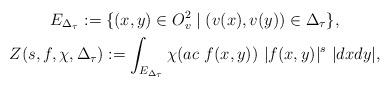
LaTeX: \begin{gather*}E_{\Delta_\tau}:=\{(x,y) \in O_v^2 \mid (v(x),v(y)) \in \Delta_\tau\},\\Z(s,f,\chi, \Delta_\tau):= \int_{E_{\Delta_\tau}}\chi(ac \ f(x,y))\ |f(x,y)|^s \ |dxdy|,\end{gather*}